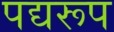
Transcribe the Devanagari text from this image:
पद्यरूप